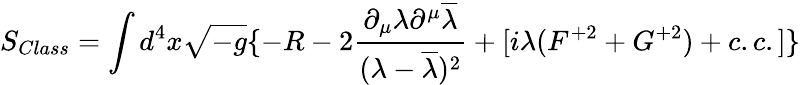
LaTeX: S_{Class}=\int d^{4}x\sqrt{-g}\{ -R-2\frac{\partial_{\mu}\lambda\partial^{\mu}\overline{{{\lambda}}}}{(\lambda-\overline{{{\lambda}}})^{2}}+[i\lambda(F^{+2}+G^{+2})+c.c.]\}